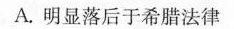
A.明显落后于希腊法律